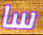
سا